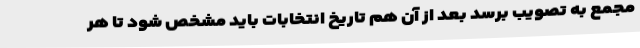
مجمع به تصویب برسد بعد از آن هم تاریخ انتخابات باید مشخص شود تا هر